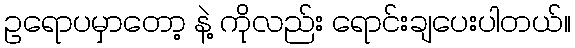
ဥရောပမှာတော့ နဲ့ ကိုလည်း ရောင်းချပေးပါတယ်။